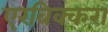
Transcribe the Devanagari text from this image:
एरविक्करा